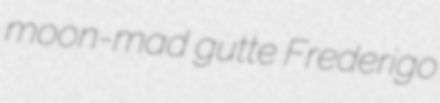
moon-mad gutte Frederigo